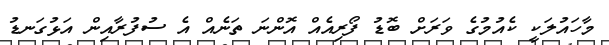
މާހައުލަކީ ކެއުމުގެ ވަރަށް ބޮޑު ފޯރިއެއް އޮންނަ ތަނެއް އެ ސުފުރާއިން އަޅުގަނޑު